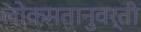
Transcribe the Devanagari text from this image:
लोकमतानुवर्ती